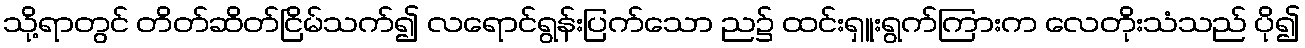
သို့ရာတွင် တိတ်ဆိတ်ငြိမ်သက်၍ လရောင်ရွန်းပြက်သော ည၌ ထင်းရှူးရွက်ကြားက လေတိုးသံသည် ပို၍